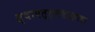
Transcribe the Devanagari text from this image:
स्थापत्त्यशास्त्राचा